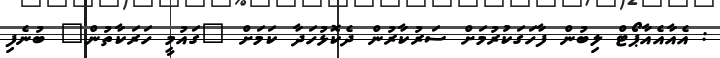
: އެއާއެއާޕޯޓް ލިބުން ފާހަގަކުރުމަށް ސަރުކާރުން ދެކޮޅުހަދާ ކަމަށް "ގައުމީ ހަރަކާތުން" ބުނެފި